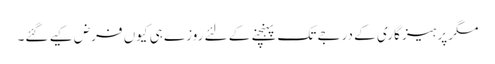
مگر پرہیز گاری کے درجے تک پہنچنے کے لئے روزے ہی کیوں فرض کیے گئے۔